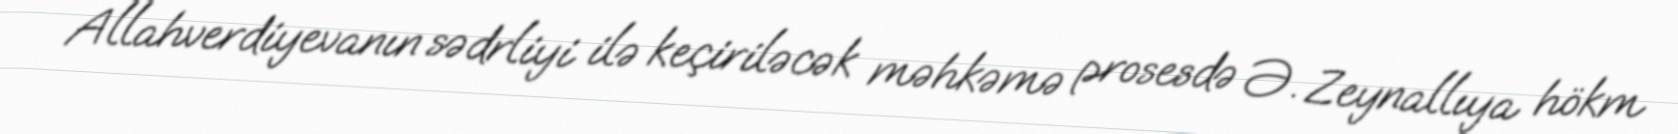
Allahverdiyevanın sədrliyi ilə keçiriləcək məhkəmə prosesdə Ə. Zeynallıya hökm